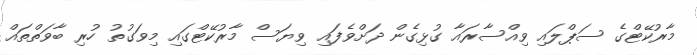
މާރުކޭޓްގެ ސަޕްލައި ވިއްސާރައާ ގުޅިގެން ދަށްވެފައި ވިޔަސް މާރުކޭޓްގައި މިވަގުތު ހުރި ބާވަތްތައް